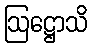
ဩဋ္ဌောသိ